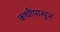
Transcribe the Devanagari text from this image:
कधीपासून